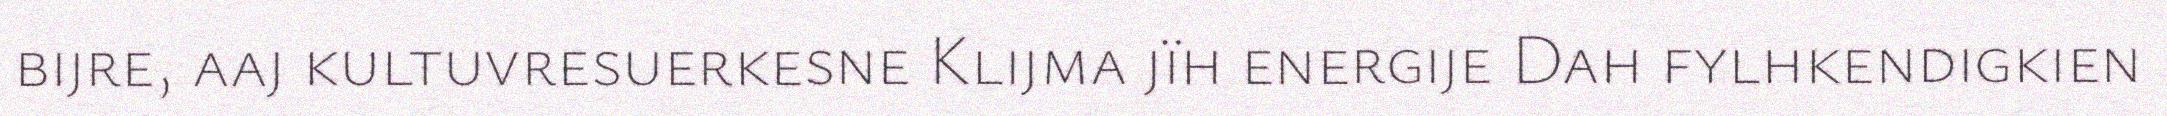
bijre, aaj kultuvresuerkesne Klijma jïh energije Dah fylhkendigkien